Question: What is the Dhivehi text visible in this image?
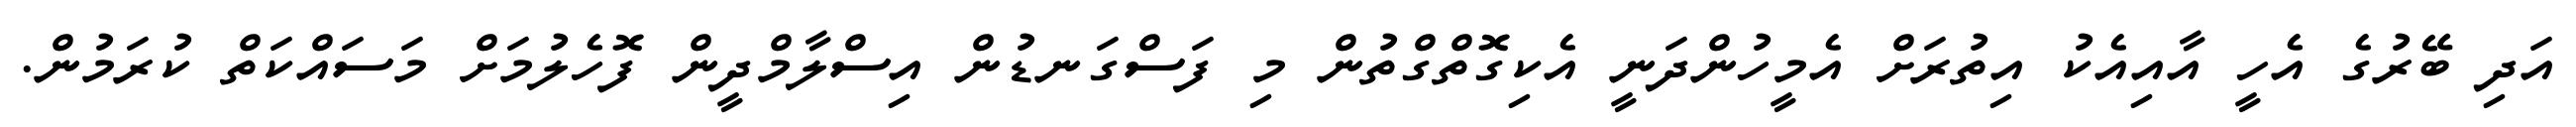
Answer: އަދި ބޭރުގެ އެހީ އާއިއެކު އިތުރަށް އެމީހުންދަނީ އެކިގޮތްގްތުން މި ފަސްގަނޑުން އިސްލާމްދީން ފޮހެލުމަށް މަސައްކަތް ކުރަމުން.